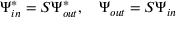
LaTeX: \Psi _ { i n } ^ { * } = S \Psi _ { o u t } ^ { * } , \quad \Psi _ { o u t } = S \Psi _ { i n }